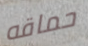
حماقه